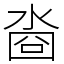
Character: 㴅